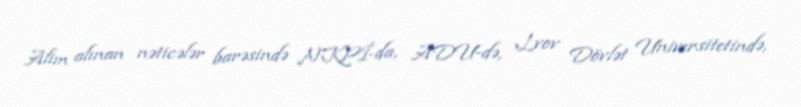
Alim alınan nəticələr barəsində NKPİ-da, ADU-də, Lvov Dövlət Universitetində,